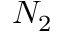
N _ { 2 }